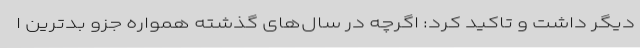
دیگر داشت و تاکید کرد: اگرچه در سال‌های گذشته همواره جزو بدترین ا